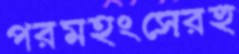
পরমহংসেরহু